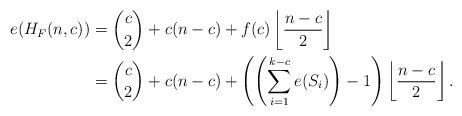
LaTeX: \begin{align*}e(H_F(n,c)) & = \binom{c}{2}+c(n-c)+ f(c)\left\lfloor \frac{n-c}{2} \right\rfloor \\& = \binom{c}{2}+c(n-c) + \left(\left(\sum_{i=1}^{k-c} e(S_i)\right)-1\right)\left\lfloor \frac{n-c}{2} \right\rfloor.\end{align*}